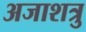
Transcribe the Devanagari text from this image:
अजाशत्रु